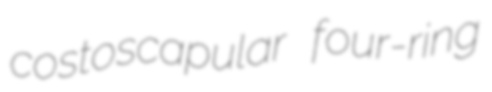
costoscapular four-ring